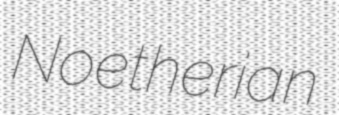
Noetherian